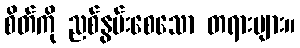
စိတ်ကို ညစ်နွမ်းစေသော တရားများ။